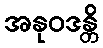
အနုဝဒန္တိ